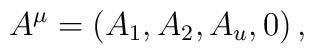
A^{\mu} = \left(A_{1}, A_{2}, A_{u}, 0 \right) ,